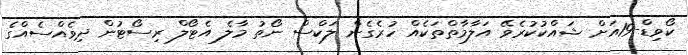
ކޯވިޑް-19އަށް ޝައްކުކުރެވޭ އަލާމާތްތަކެއް ހުރެގެން ލަކްސް ނޯތު މާލެ އެޓޯލް ރިސޯޓުން ދިވެއްސެއްގެ